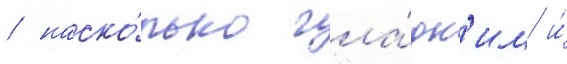
/ наско́лько гла́дк'им и́